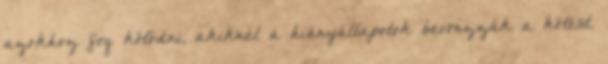
azokhoz fog kötődni, akiknél a hiányállapotok bevonzzák a kötést.